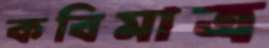
কবিমাত্র